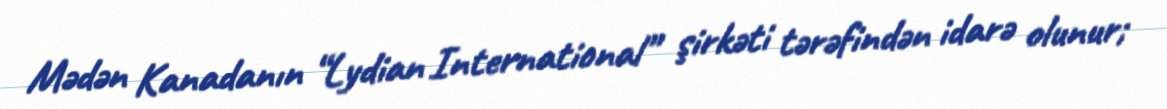
Mədən Kanadanın “Lydian International” şirkəti tərəfindən idarə olunur;